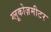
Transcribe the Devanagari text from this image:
ग्लूकोज़मीटर